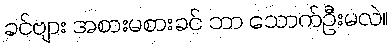
ခင်ဗျား အစားမစားခင် ဘာ သောက်ဦးမလဲ။